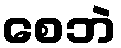
စေဘဲ